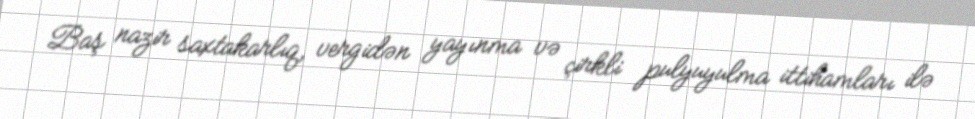
Baş nazir saxtakarlıq, vergidən yayınma və çirkli pulyuyulma ittihamları ilə